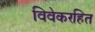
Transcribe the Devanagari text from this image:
विवेकरहित